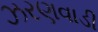
ઝરણવાડી